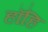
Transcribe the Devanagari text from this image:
हाँहि